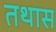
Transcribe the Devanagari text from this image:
तथास